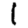
Digit: 1